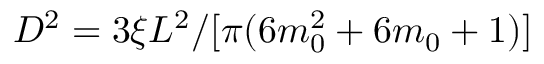
D ^ { 2 } = 3 \xi L ^ { 2 } / [ \pi ( 6 m _ { 0 } ^ { 2 } + 6 m _ { 0 } + 1 ) ]